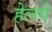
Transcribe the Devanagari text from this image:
हेलगे